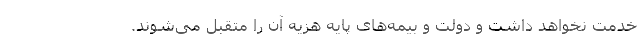
خدمت نخواهد داشت و دولت و بیمه‌های پایه هزیه آن را متقبل می‌شوند.